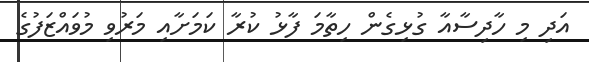
އަދި މި ހާދިސާއާ ގުޅިގެން ހިތާމަ ފާޅު ކުރާ ކަމަށާއި މަރުވި މުވައްޒަފުގެ